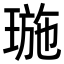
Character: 㻢